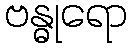
ဗန္ဓုရော